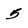
Character: 5